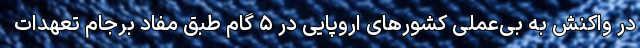
در واکنش به بی‌عملی کشورهای اروپایی در ۵ گام طبق مفاد برجام تعهدات